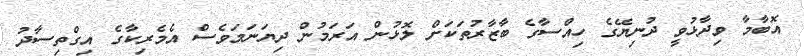
އޮބާމާ ވިދާޅުވީ ދުނިޔޭގެ ހިއްސާގެ ބާޒާރުތަކަށް ލޮޅުން އަރަމުން ދިޔަނަމަވެސް އެެމެރިކާގެ އިގްތިސާދު